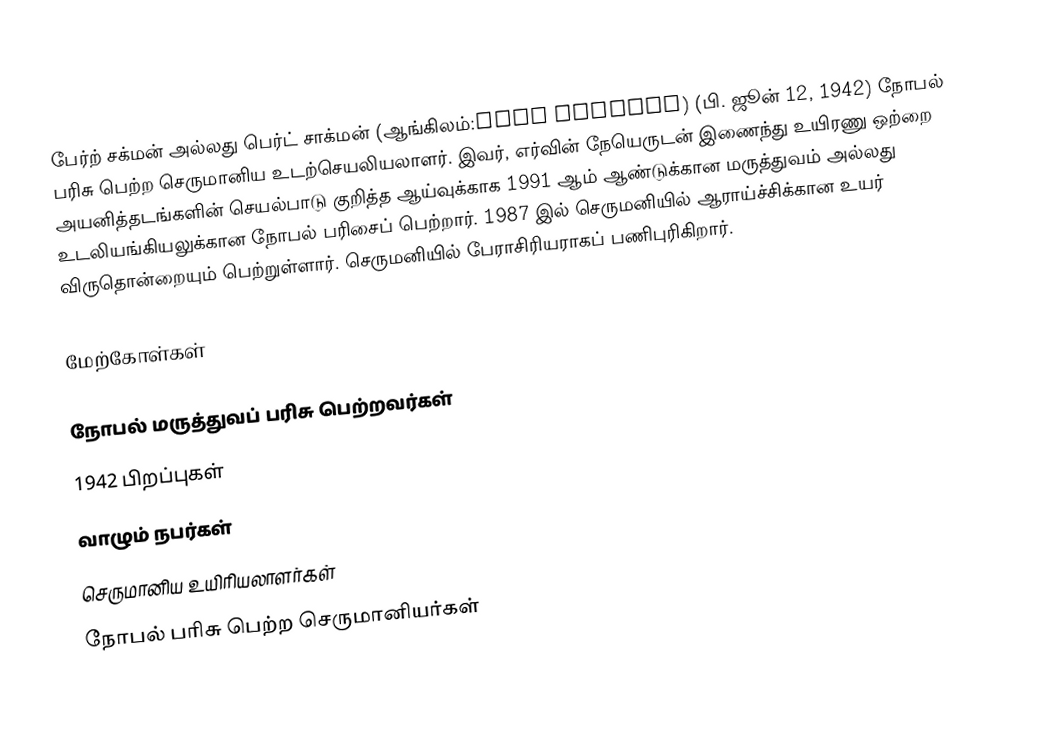
பேர்ற் சக்மன் அல்லது பெர்ட் சாக்மன் (ஆங்கிலம்:Bert Sakmann) (பி. ஜூன் 12, 1942) நோபல் பரிசு பெற்ற செருமானிய உடற்செயலியலாளர். இவர், எர்வின் நேயெருடன் இணைந்து உயிரணு ஒற்றை அயனித்தடங்களின் செயல்பாடு குறித்த  ஆய்வுக்காக 1991 ஆம் ஆண்டுக்கான மருத்துவம் அல்லது உடலியங்கியலுக்கான நோபல் பரிசைப் பெற்றார். 1987 இல் செருமனியில்  ஆராய்ச்சிக்கான உயர் விருதொன்றையும் பெற்றுள்ளார். செருமனியில் பேராசிரியராகப் பணிபுரிகிறார்.

மேற்கோள்கள்

நோபல் மருத்துவப் பரிசு பெற்றவர்கள்
1942 பிறப்புகள்
வாழும் நபர்கள்
செருமானிய உயிரியலாளர்கள்
நோபல் பரிசு பெற்ற செருமானியர்கள்